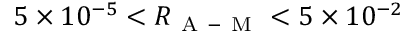
5 \times 1 0 ^ { - 5 } < R _ { \mathrm { ~ A ~ - ~ M ~ } } < 5 \times 1 0 ^ { - 2 }